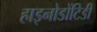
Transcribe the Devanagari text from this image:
हाइनोडोंटिडी